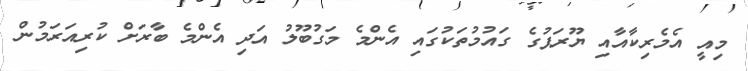
މިއީ އެމެރިކާއާއި ޔޫރަޕުގެ ގައުމުތަކުގައި އެންމެ މަގުބޫލު އަދި އެންމެ ބާރަށް ކުރިއަރަމުން